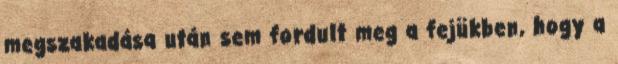
megszakadása után sem fordult meg a fejükben, hogy a